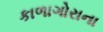
કાળાગોરાના